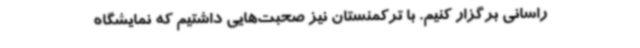
راسانی برگزار کنیم. با ترکمنستان نیز صحبت‌هایی داشتیم که نمایشگاه